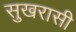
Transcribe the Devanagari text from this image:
सुखरासी